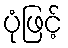
ပုံဖြင့်